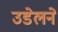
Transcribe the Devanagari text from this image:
उडेलने